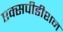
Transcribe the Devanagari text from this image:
एक्सपीडीशन